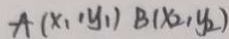
A ( x _ { 1 } , y _ { 1 } ) B ( x _ { 2 } , y _ { 2 } )